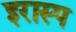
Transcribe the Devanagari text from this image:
इरास्प